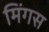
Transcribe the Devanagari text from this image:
मिंगस